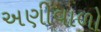
અણીવાળો